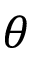
\theta